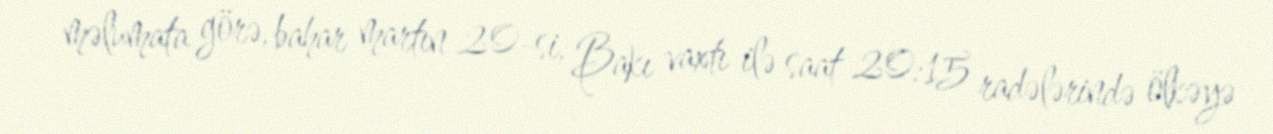
məlumata görə, bahar martın 20-si, Bakı vaxtı ilə saat 20:15 radələrində ölkəyə